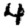
Digit: 4